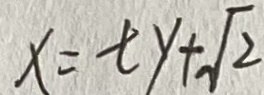
x = t y + \sqrt { 2 }